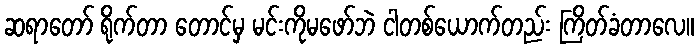
ဆရာတော် ရိုက်တာ တောင်မှ မင်းကိုမဖော်ဘဲ ငါတစ်ယောက်တည်း ကြိတ်ခံတာလေ။